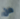
من